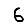
Digit: 6